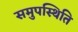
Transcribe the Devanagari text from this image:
समुपस्थिति